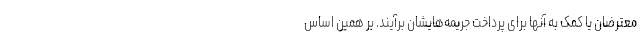
معترضان یا کمک به آنها برای پرداخت جریمه‌هایشان برآیند. بر همین اساس